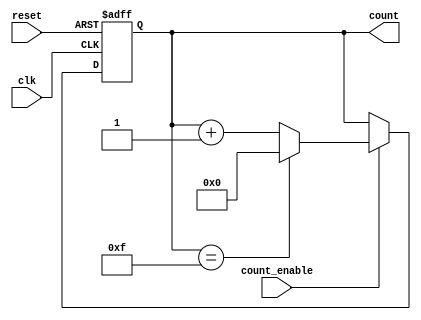
module async_counter #(
    parameter WIDTH = 4 // Number of bits for the counter
)(
    input wire clk,               // Clock input
    input wire reset,             // Asynchronous reset input
    input wire count_enable,      // Count enable input
    output reg [WIDTH-1:0] count  // Counter output
);

// Asynchronous reset and counting logic
always @(posedge clk or posedge reset) begin
    if (reset) begin
        count <= 0; // Reset the counter to zero
    end else if (count_enable) begin
        if (count == (1 << WIDTH) - 1) begin
            count <= 0; // Wrap around when max count is reached
        end else begin
            count <= count + 1; // Increment the counter
        end
    end
end

endmodule